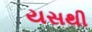
યસથી